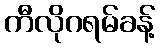
ကီလိုဂရမ်ခန့်